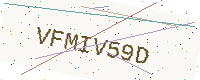
Text: VFMIV59D